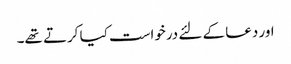
اور دعا کے لئے درخواست کیا کرتے تھے۔